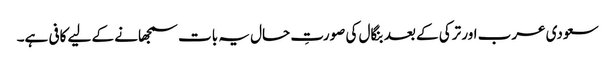
سعودی عرب اور ترکی کے بعد بنگال کی صورتِ حال یہ بات سمجھانے کے لیے کافی ہے۔